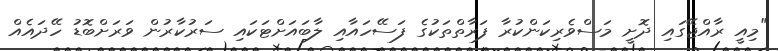
"މިއީ ރާއްޖޭގައި ދޮށީ މަސްވެރިކަންކުރާ ފަރާތްތަކުގެ ފަސޭހައާއި ލާބައަށްޓަކައި ސަރުކާރުން ވަރަށްބޮޑު ހޭދައެއް